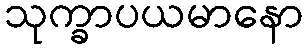
သုက္ခာပယမာနော